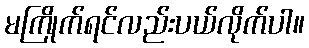
မကြိုက်ရင်လည်းပယ်လိုက်ပါ။